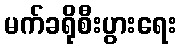
မက်ခရိုစီးပွားရေး